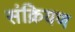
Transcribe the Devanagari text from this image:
संक्रियण